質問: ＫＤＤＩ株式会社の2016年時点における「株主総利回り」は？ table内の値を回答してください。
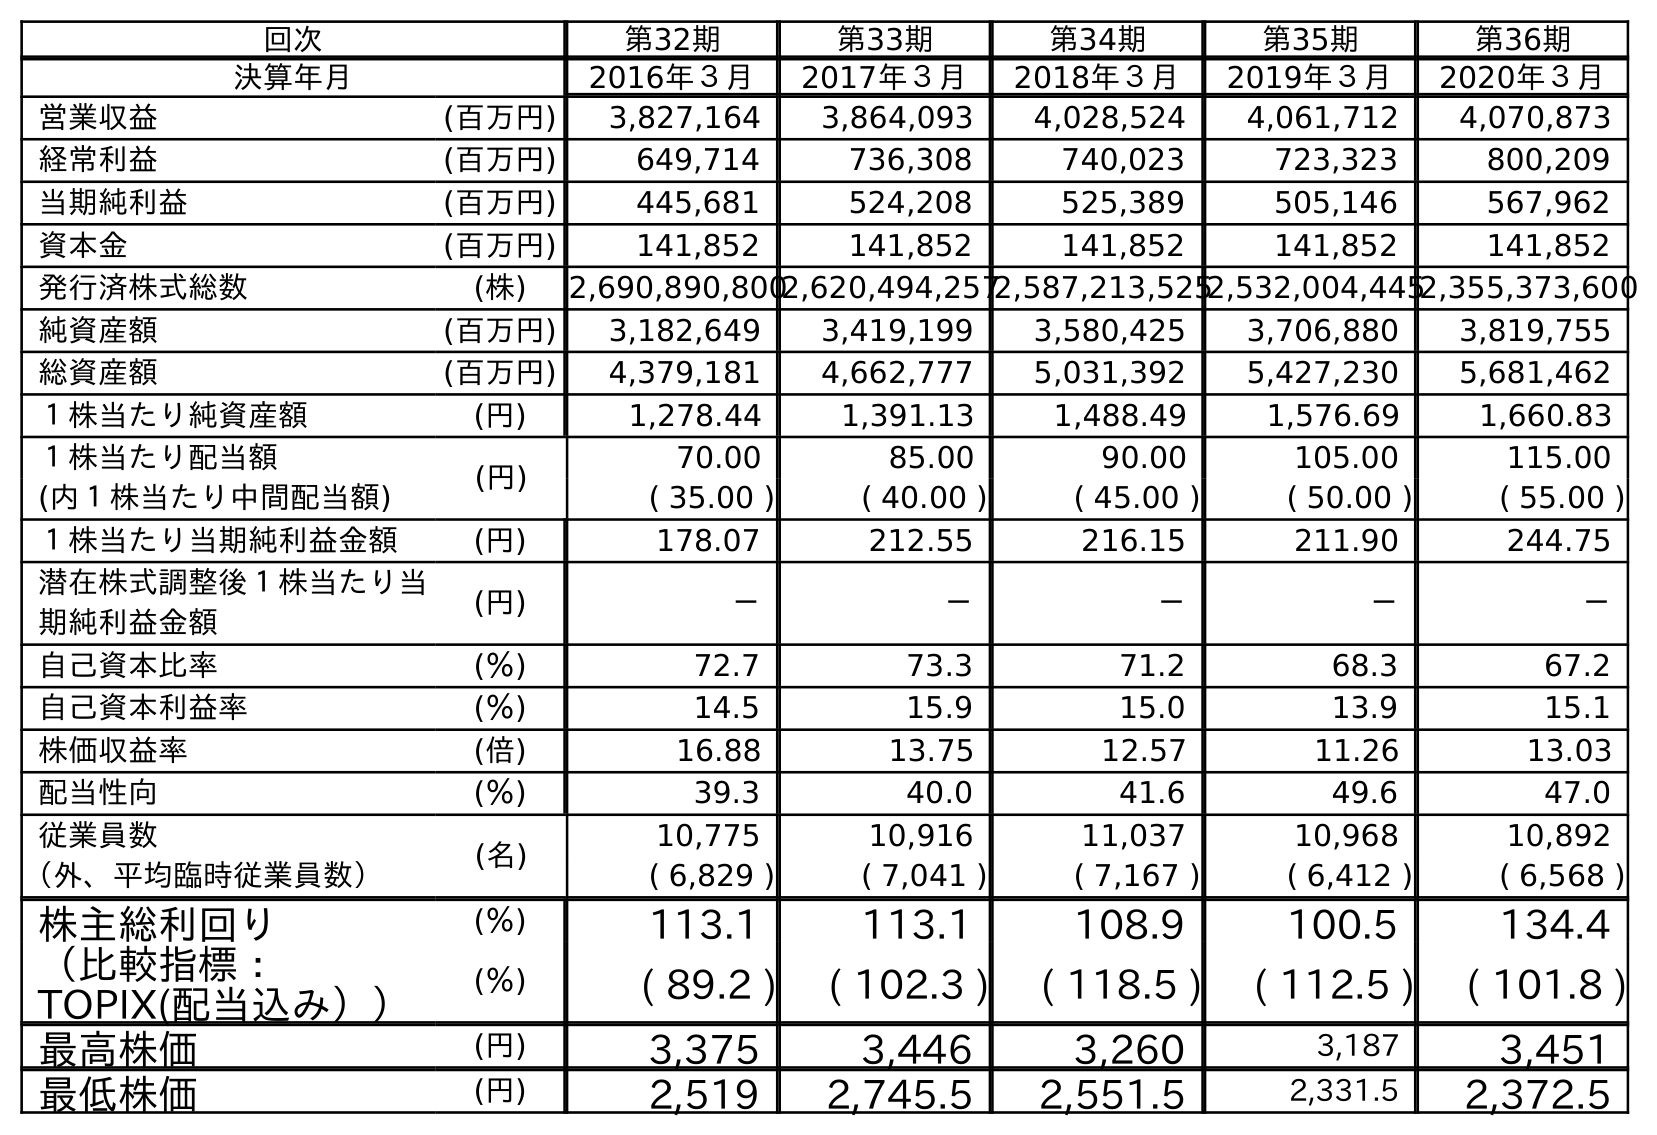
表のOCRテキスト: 回次 第32期 第33期 第34期 第35期 第36期 決算年月 2016年３月 2017年３月 2018年３月 2019年３月 2020年３月 営業収益 (百万円) 3,827,164 3,864,093 4,028,524 4,061,712 4,070,873 経常利益 (百万円) 649,714 736,308 740,023 723,323 800,209 当期純利益 (百万円) 445,681 524,208 525,389 505,146 567,962 資本金 (百万円) 141,852 141,852 141,852 141,852 141,852 発行済株式総数 (株) 2,690,890,8002,620,494,2572,587,213,5252,532,004,4452,355,373,600 純資産額 (百万円) 3,182,649 3,419,199 3,580,425 3,706,880 3,819,755 総資産額 (百万円) 4,379,181 4,662,777 5,031,392 5,427,230 5,681,462 １株当たり純資産額 (円) 1,278.44 1,391.13 1,488.49 1,576.69 1,660.83 １株当たり配当額 (円) 70.00 85.00 90.00 105.00 115.00 (内１株当たり中間配当額) ( 35.00 ) ( 40.00 ) ( 45.00 ) ( 50.00 ) ( 55.00 ) １株当たり当期純利益金額 (円) 178.07 212.55 216.15 211.90 244.75 潜在株式調整後１株当たり当 期純利益金額 (円) － － － － － 自己資本比率 (％) 72.7 73.3 71.2 68.3 67.2 自己資本利益率 (％) 14.5 15.9 15.0 13.9 15.1 株価収益率 (倍) 16.88 13.75 12.57 11.26 13.03 配当性向 (％) 39.3 40.0 41.6 49.6 47.0 従業員数 (名) 10,775 10,916 11,037 10,968 10,892 （外、平均臨時従業員数） ( 6,829 ) ( 7,041 ) ( 7,167 ) ( 6,412 ) ( 6,568 ) 株主総利回り (％) 113.1 113.1 108.9 100.5 134.4 （比較指標： TOPIX(配当込み）） (％) ( 89.2 ) ( 102.3 ) ( 118.5 ) ( 112.5 ) ( 101.8 ) 最高株価 (円) 3,375 3,446 3,260 3,187 3,451 最低株価 (円) 2,519 2,745.5 2,551.5 2,331.5 2,372.5
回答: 113.1